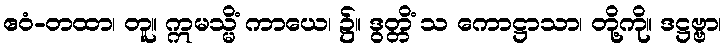
ဧဝံ-တထာ၊ တူ။ ဣမသ္မိံ ကာယေ၊ ၌။ ဒွတ္တိံ သ ကောဋ္ဌာသာ၊ တို့ကို။ ဒဋ္ဌဗ္ဗာ၊